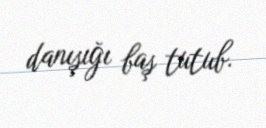
danışığı baş tutub.